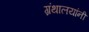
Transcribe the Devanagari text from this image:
ग्रंथालयांनी